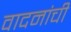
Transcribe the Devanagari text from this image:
वादनांची